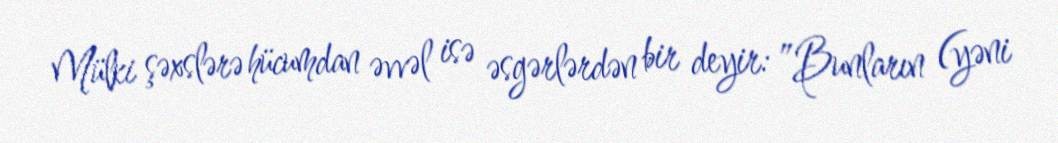
Mülki şəxslərə hücumdan əvvəl isə əsgərlərdən bir deyir: ”Bunların (yəni